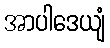
အာပါဒေယျံ